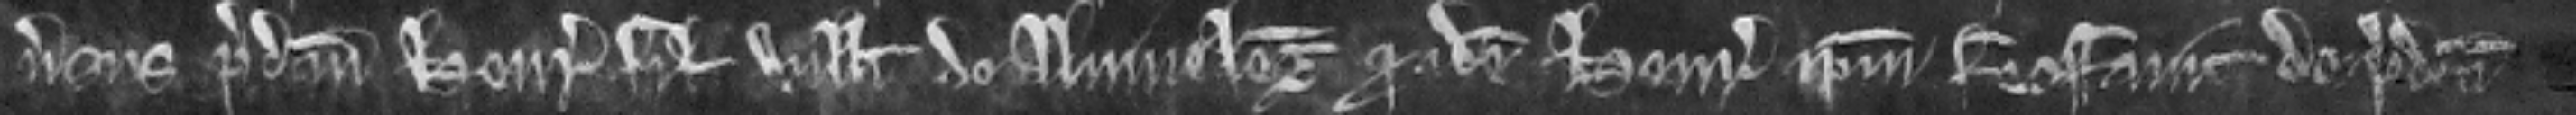
versus predictum Henricum filium Willelmi de Alvineleg quod idem Henricus ipsum feoffavit de predicta